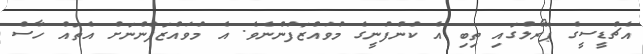
އެޗްޑީސީގެ ޕޭރޯލްގައި ތިބި އެ ކުންފުނީގެ މުވައްޒަފުންނެވެ. އެ މުވައްޒަފުންނަށް އެތައް ހާސް